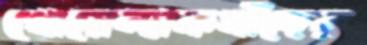
গোয়েন্দাকর্মীদের